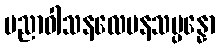
ပညာဝါသနလေပနသမ္ပန္နော